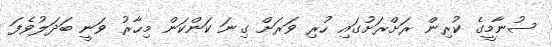
ސުނާމީގެ ކުރިން ރަށްރަށުގައި ހުރި ވަރަށް ގިނަ ކަންކަން މިހާރު ވަނީ ބަދަލުވެފަ